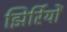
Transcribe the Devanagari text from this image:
झिर्रियों